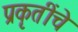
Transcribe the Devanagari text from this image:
प्रकृतींचे